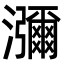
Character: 瀰